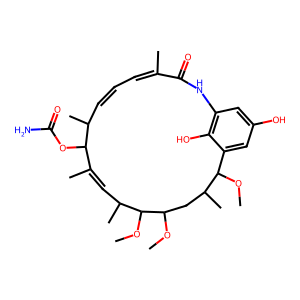
SMILES: COC1CC(C)C(OC)c2cc(O)cc(c2O)NC(=O)C(C)=CC=CC(C)C(OC(N)=O)C(C)=CC(C)C1OC
Inhibits HIV replication: No